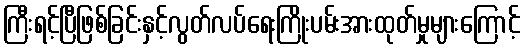
ကြီးရင့်ပြီဖြစ်ခြင်းနှင့်လွတ်လပ်ရေးကြိုးပမ်းအားထုတ်မှုများကြောင့်